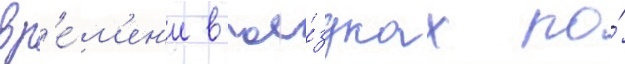
вр'е́м'ен'и в пое́здках по́